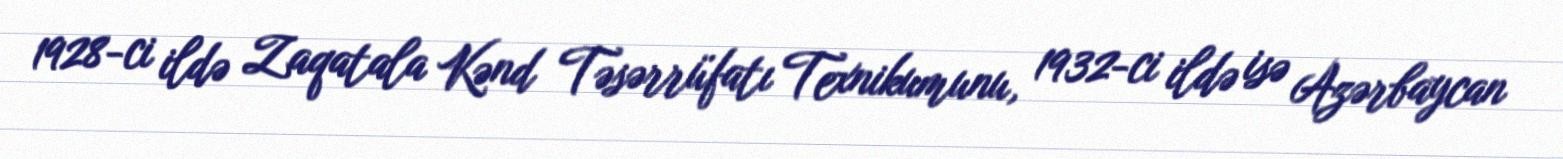
1928-ci ildə Zaqatala Kənd Təsərrüfatı Texnikumunu, 1932-ci ildə isə Azərbaycan